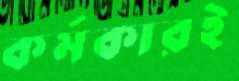
কর্মকারই